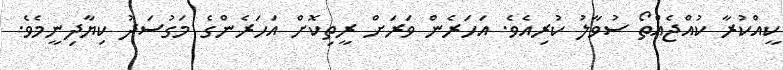
ކީއްކުރާ ކުއްޖެއްތޯ ސުވާލު ކުރިއެވެ. އަހަރެން ވަރަށް ރީތިކޮށް އަހަރެންގެ މަގުސަދު ކިޔާދިނީމެވެ.